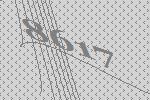
8617